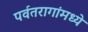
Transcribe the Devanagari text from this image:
पर्वतरागांमध्ये